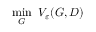
\operatorname* { m i n } _ { G } ~ V _ { \varepsilon } ( G , D )